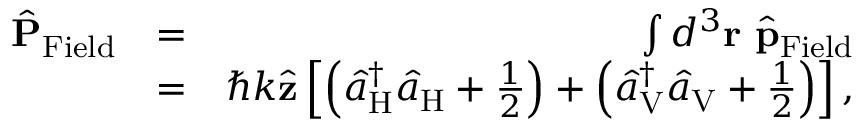
\begin{array} { r l r } { \hat { \bf P } _ { \mathrm { F i e l d } } } & { = } & { \int d ^ { 3 } { \bf r } \ \hat { \bf p } _ { \mathrm { F i e l d } } } \\ & { = } & { \hbar k \hat { \bf z } \left[ \left( \hat { a } _ { \mathrm { H } } ^ { \dagger } \hat { a } _ { \mathrm { H } } + \frac { 1 } { 2 } \right) + \left( \hat { a } _ { \mathrm { V } } ^ { \dagger } \hat { a } _ { \mathrm { V } } + \frac { 1 } { 2 } \right) \right] , } \end{array}